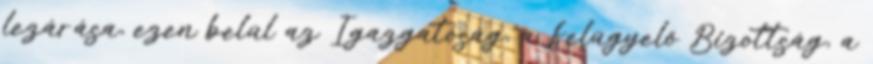
lezárása, ezen belül az Igazgatóság, a Felügyelő Bizottság, a